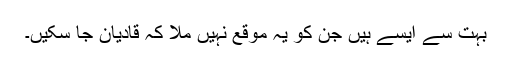
بہت سے ایسے ہیں جن کو یہ موقع نہیں ملا کہ قادیان جا سکیں۔